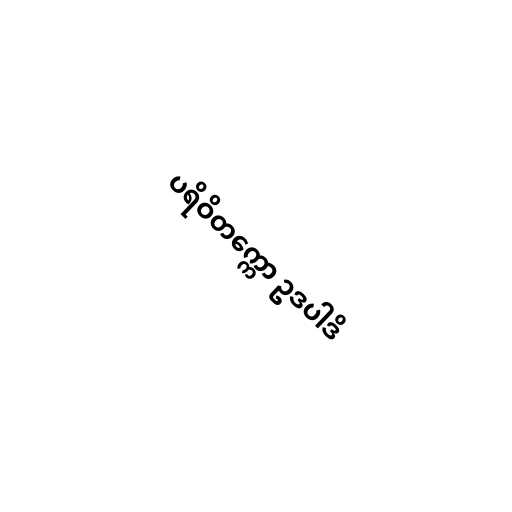
ပရိဝိတက္ကော ဥဒပါဒိ